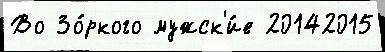
Во Зо́ркого мужск'и́е 20142015